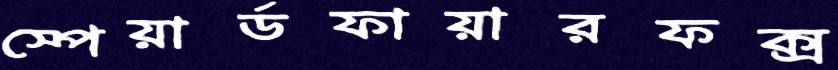
স্পেয়ার্ডফায়ারফক্স